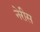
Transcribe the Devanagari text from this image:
नेरीस